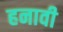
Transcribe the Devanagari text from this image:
हनावी